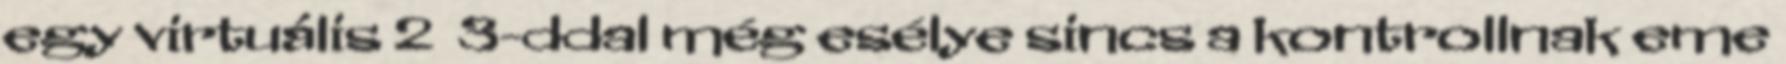
egy virtuális 2 3-ddal még esélye sincs a kontrollnak eme